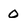
Character: 0